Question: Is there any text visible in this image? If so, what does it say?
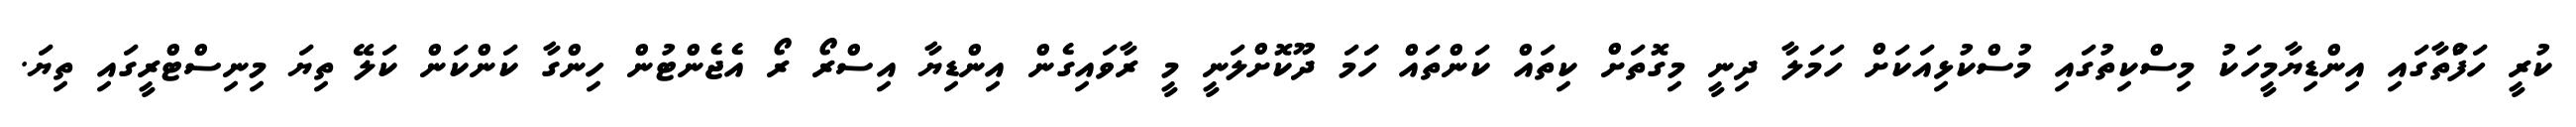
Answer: ކުރީ ހަފަްތާގައި އިންޑިޔާމީހަކު މިސްކިތުގައި މުސްކުޅިއަކަށް ހަމަލާ ދިނީ މިގޮތަށް ކިތައް ކަންތައް ހަަމަ ދޫކޮށްލަނީ މީ ރާވައިގެން އިންޑިޔާ އިސްރޯ ރޯ އެޖެންޓުން ހިންގާ ކަންކަން ކަލޭ ތިޔަ މިނިސްޓްރީގައި ތިޔަ.